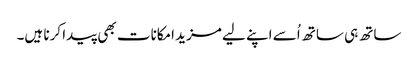
ساتھ ہی ساتھ اُسے اپنے لیے مزید امکانات بھی پیدا کرنا ہیں۔